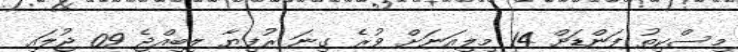
މިސްކިތު ފަންޑަށް 14 މިލިއަނަށް ވުރެ ގިނަ ރުފިޔާ ލިބިއްޖެ 09 ޖުލައި